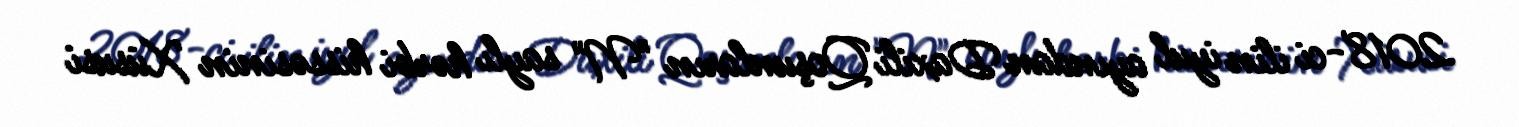
2018-ci ilin iyul ayından Daxili Qoşunların "N" saylı hərbi hissəsinin Xüsusi